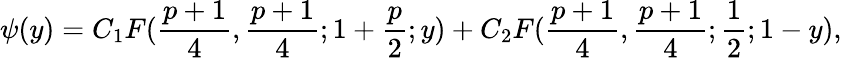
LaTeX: \psi(y)=C_{1}F({\frac{p+1}{4}},{\frac{p+1}{4}};1+{\frac{p}{2}};y)+C_{2}F({\frac{p+1}{4}},{\frac{p+1}{4}};{\frac{1}{2}};1-y),